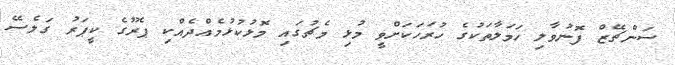
ސަންޗޭޒް ފޮނުވާލި ހަމަލާތަކުގެ ހުރަހަކަށްވީ މުޅި މެޗުގައި މޮޅުކުޅުމެއްދެއްކި ޕެރޫގެ ކީޕަރު ގަލެސޭ